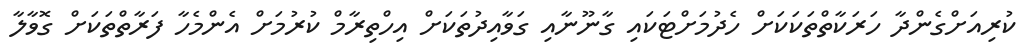
ކުރިއަށްގެންދާ ހަރަކާތްތަކަކަށް ހެދުމަށްޓަކައި ގާނޫނާއި ގަވާއިދުތަކަށް އިހްތިރާމް ކުރުމަށް އެންމެހާ ފަރާތްތަކަށް ގޮވާލާ